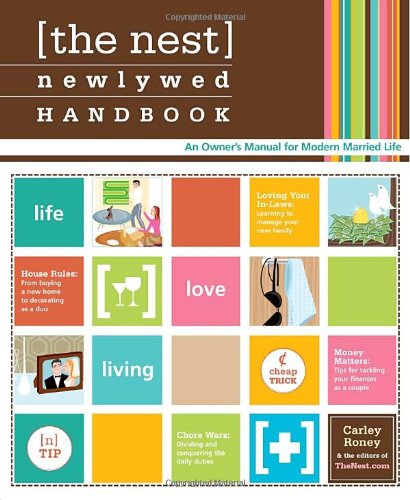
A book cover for The Nest Newlywed Handbook: An Owner's Manual for Modern Married Life; Carley Roney; Crafts, Hobbies & Home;